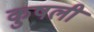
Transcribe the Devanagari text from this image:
कुषली